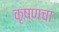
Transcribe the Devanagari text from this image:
कृष्णचा